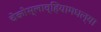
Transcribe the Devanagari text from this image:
चेकोस्लाव्हियामधल्या